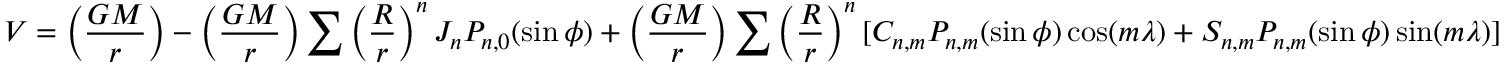
V = \left( { \frac { G M } { r } } \right) - \left( { \frac { G M } { r } } \right) \sum \left( { \frac { R } { r } } \right) ^ { n } J _ { n } P _ { n , 0 } ( \sin \phi ) + \left( { \frac { G M } { r } } \right) \sum \left( { \frac { R } { r } } \right) ^ { n } [ C _ { n , m } P _ { n , m } ( \sin \phi ) \cos ( m \lambda ) + S _ { n , m } P _ { n , m } ( \sin \phi ) \sin ( m \lambda ) ]